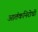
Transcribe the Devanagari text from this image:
आतंकनिरोधी